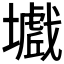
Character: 𡒾